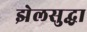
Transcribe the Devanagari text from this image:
झेलसुद्धा